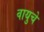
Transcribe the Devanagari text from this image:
वायुचे